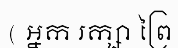
( អ្នក រក្សា ព្រៃ